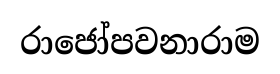
රාජෝපවනාරාම